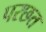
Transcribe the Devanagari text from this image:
परछत